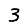
Digit: 3